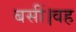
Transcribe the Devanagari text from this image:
बसीं।वह